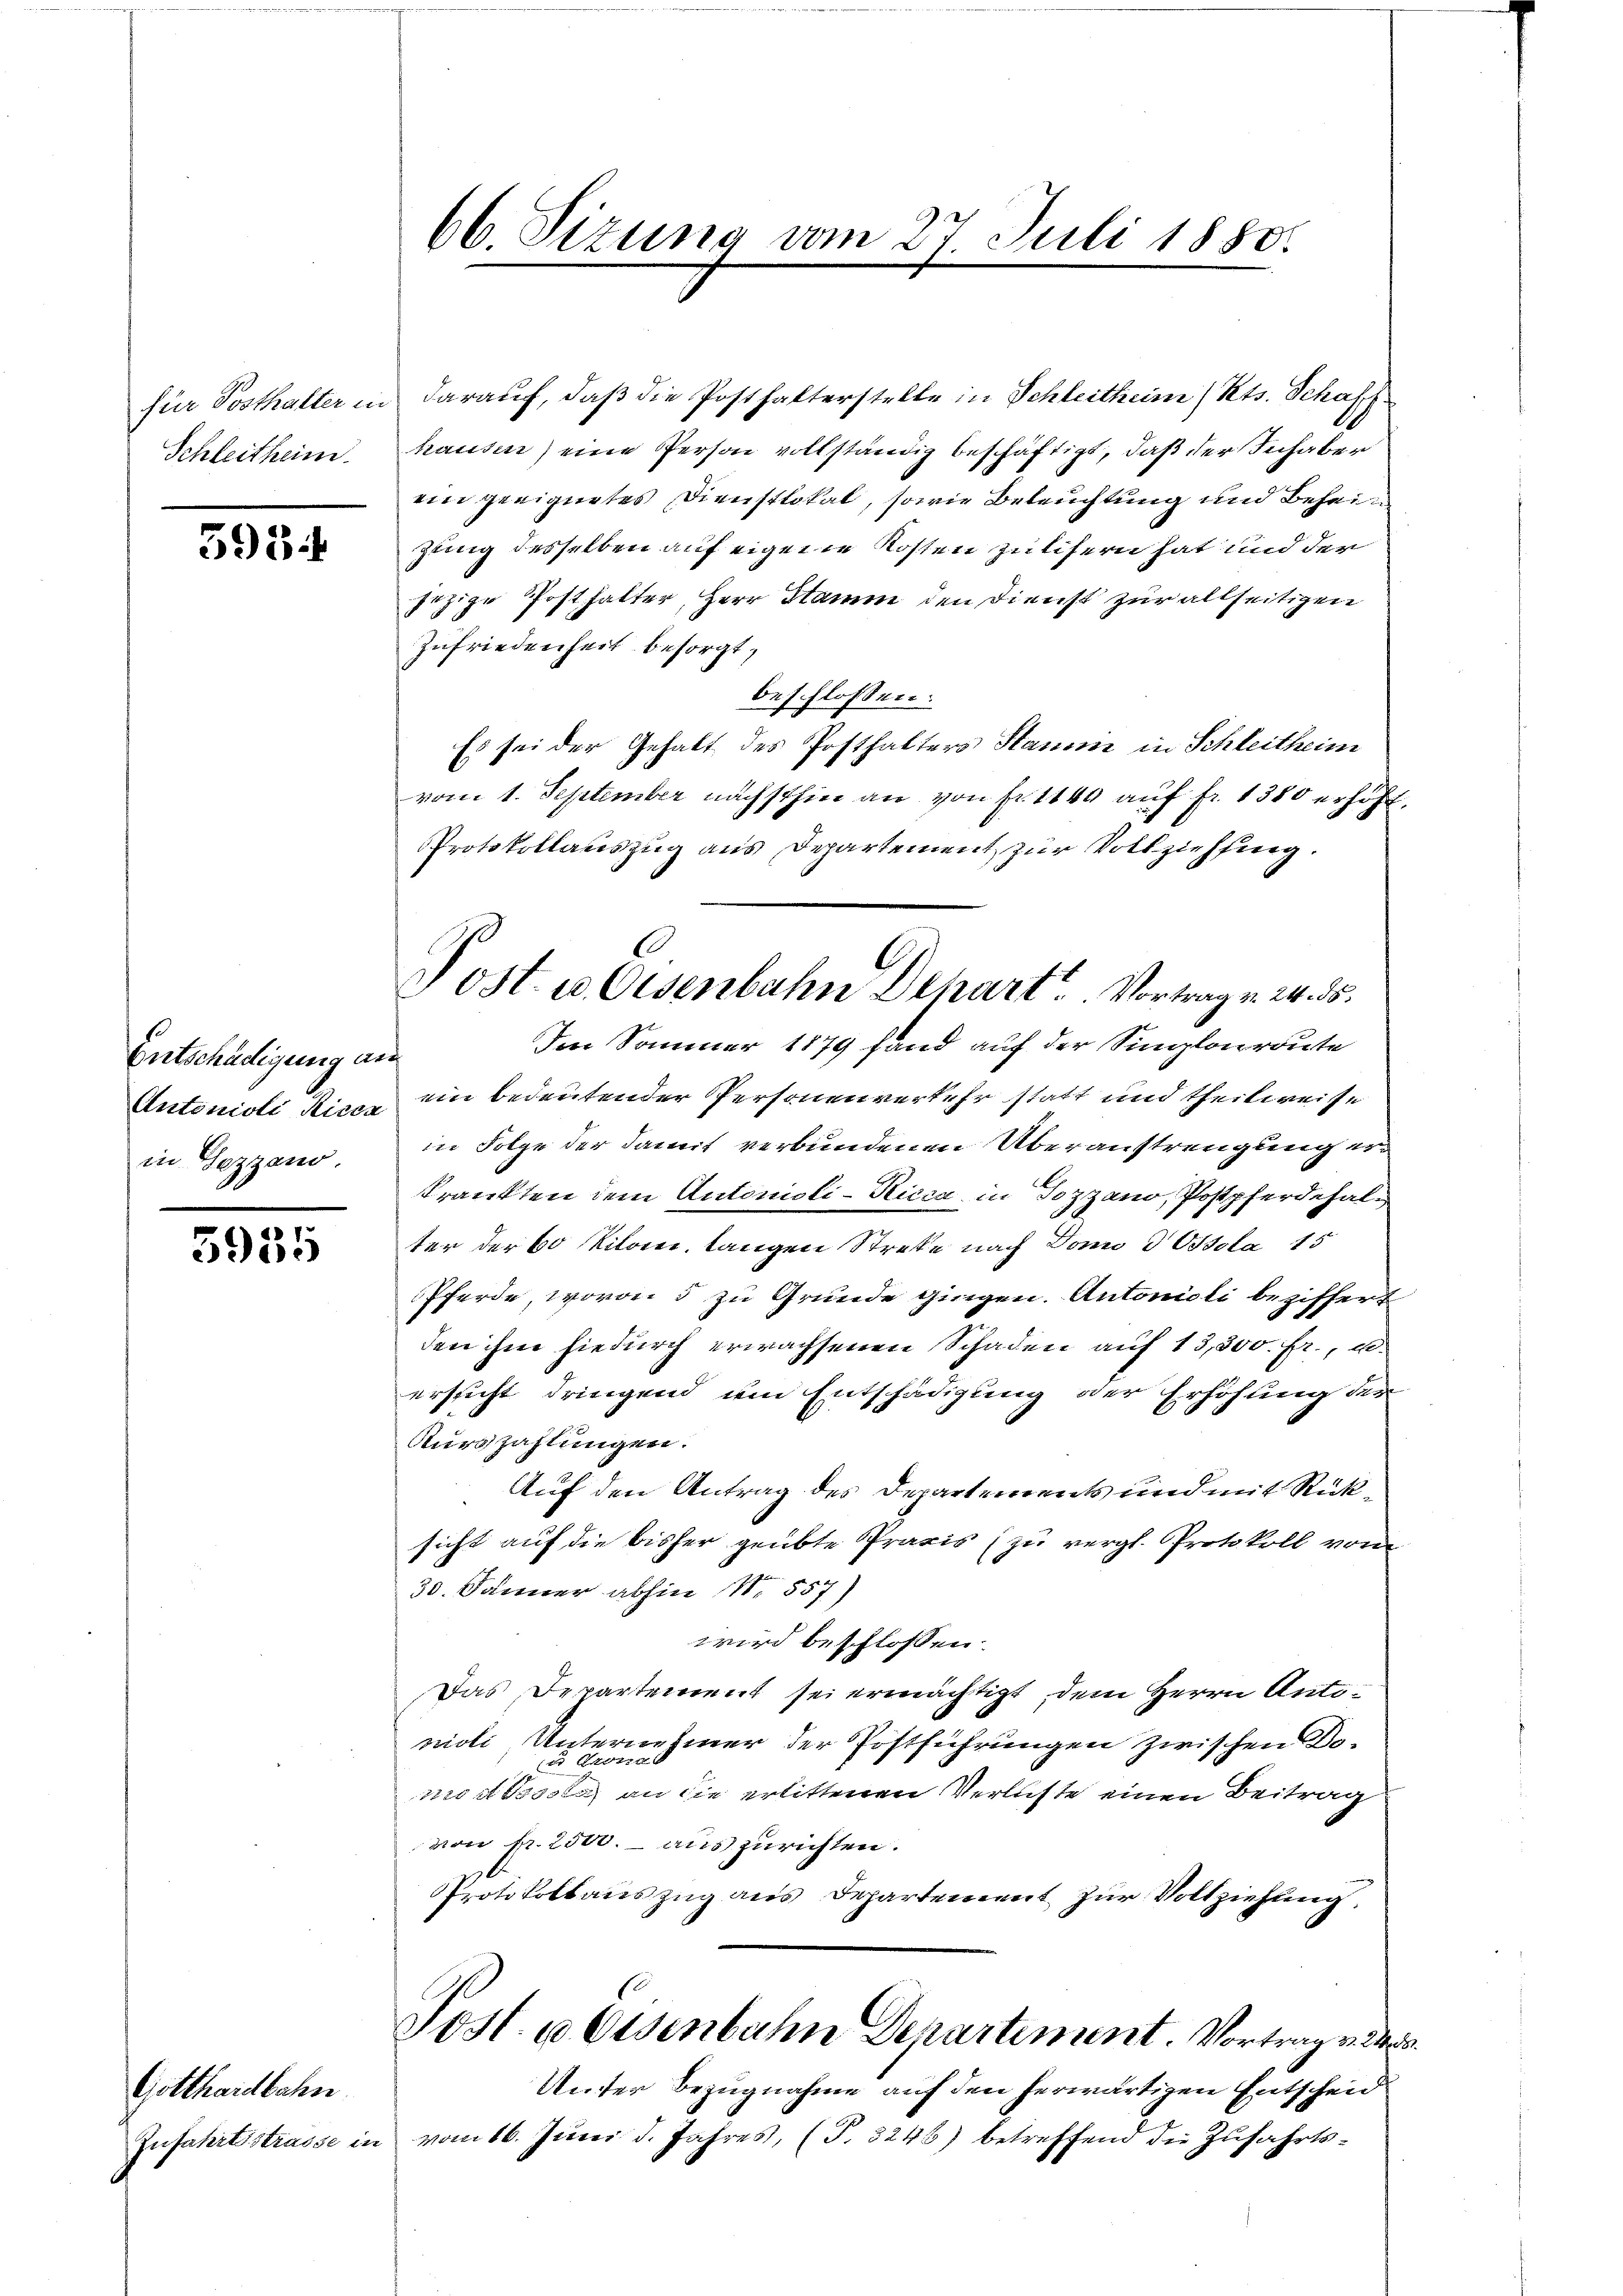
Schleitheim.

5934

Entschädigung an
in Gezzano.

5955

Gotthardbahn
Zufahrtsstrasse in

66. Sizung vom 27. Juli 1880.

für Posthalter in darauf, daß die Posthalterstelle in Schleitheim, Kts. Schaff
hausen) eine Person vollständig beschäftigt, daß der Inhaber
ein geeignetes Dienstlokal, sowie Beleuchtung und Beheizung desselben auf eigene Kosten zulifern hat und der
jezige Posthalter, Herr Stamm den Dienst zur allseitigen
Zufriedenheit besorgt,
beschlossen:
Es sei der Gehalt des Posthalters Stamme in Schleitheim
vom 1. September nächsthin an von fr. 1140 auf fr. 1380 erhöht.
Protokollauszug aus Departement zur Vollziehung.
Im Sommer 1879 fand auf der Simlowroute
Antonioli Kiner ein bedeutender Personenverkehr statt und theilweise
in Folge der damit verbundenen Überaustrengung er
kränkten dem Antonioli-Ricca in Pozzano, Postpferdehalter der 60 Kilome, langen Streke nach Dono d Ossola 15
Pferde, wovon 5 zu Grunde gingen. Antonioli beziffert
den ihm hiedurch erwachsenen Schaden auf 13,300. fr., u.
ersucht dringend um Entschädigung der Erhöhung der
Kurszahlungen.
Auf den Antrag des Departements und mit Rüksicht auf die bisher geübte Praxis (zu vergl. Protokoll vom
30. Sonner abhin 11. 557)
wird beschlossen:
Das Departement sei ermächtigt, dem Herrn Antonioli Unternehmer der Postführungen zwischen Do¬
 Krona
mod Tsosta an die erlittenen Verluste einen Beitrag
von fr. 2500. aus zurichten.
PProtokollauszug aus Departement zur Vollziehung
Post. u Osenbahn Departement. Vortrag v.
Unter Bezugnahme auf den herwärtigen Entscheid
n vom 16. Juni d. Jahres, (T. 3246) betreffend die Zufahrts-

Post u. Eisenbahn Depart. Vortrag v. 24. ds.